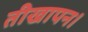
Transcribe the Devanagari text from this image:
तीखापन।